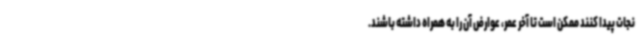
نجات پیدا کنند ممکن است تا آخر عمر، عوارض آن را به همراه داشته باشند.